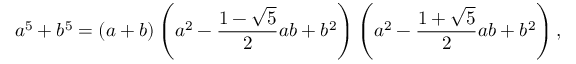
a ^ { 5 } + b ^ { 5 } = ( a + b ) \left( a ^ { 2 } - { \frac { 1 - { \sqrt { 5 } } } { 2 } } a b + b ^ { 2 } \right) \left( a ^ { 2 } - { \frac { 1 + { \sqrt { 5 } } } { 2 } } a b + b ^ { 2 } \right) ,